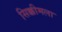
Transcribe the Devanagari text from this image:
सिक्कीमला